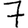
Digit: 7